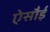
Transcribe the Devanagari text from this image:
ऐसौई